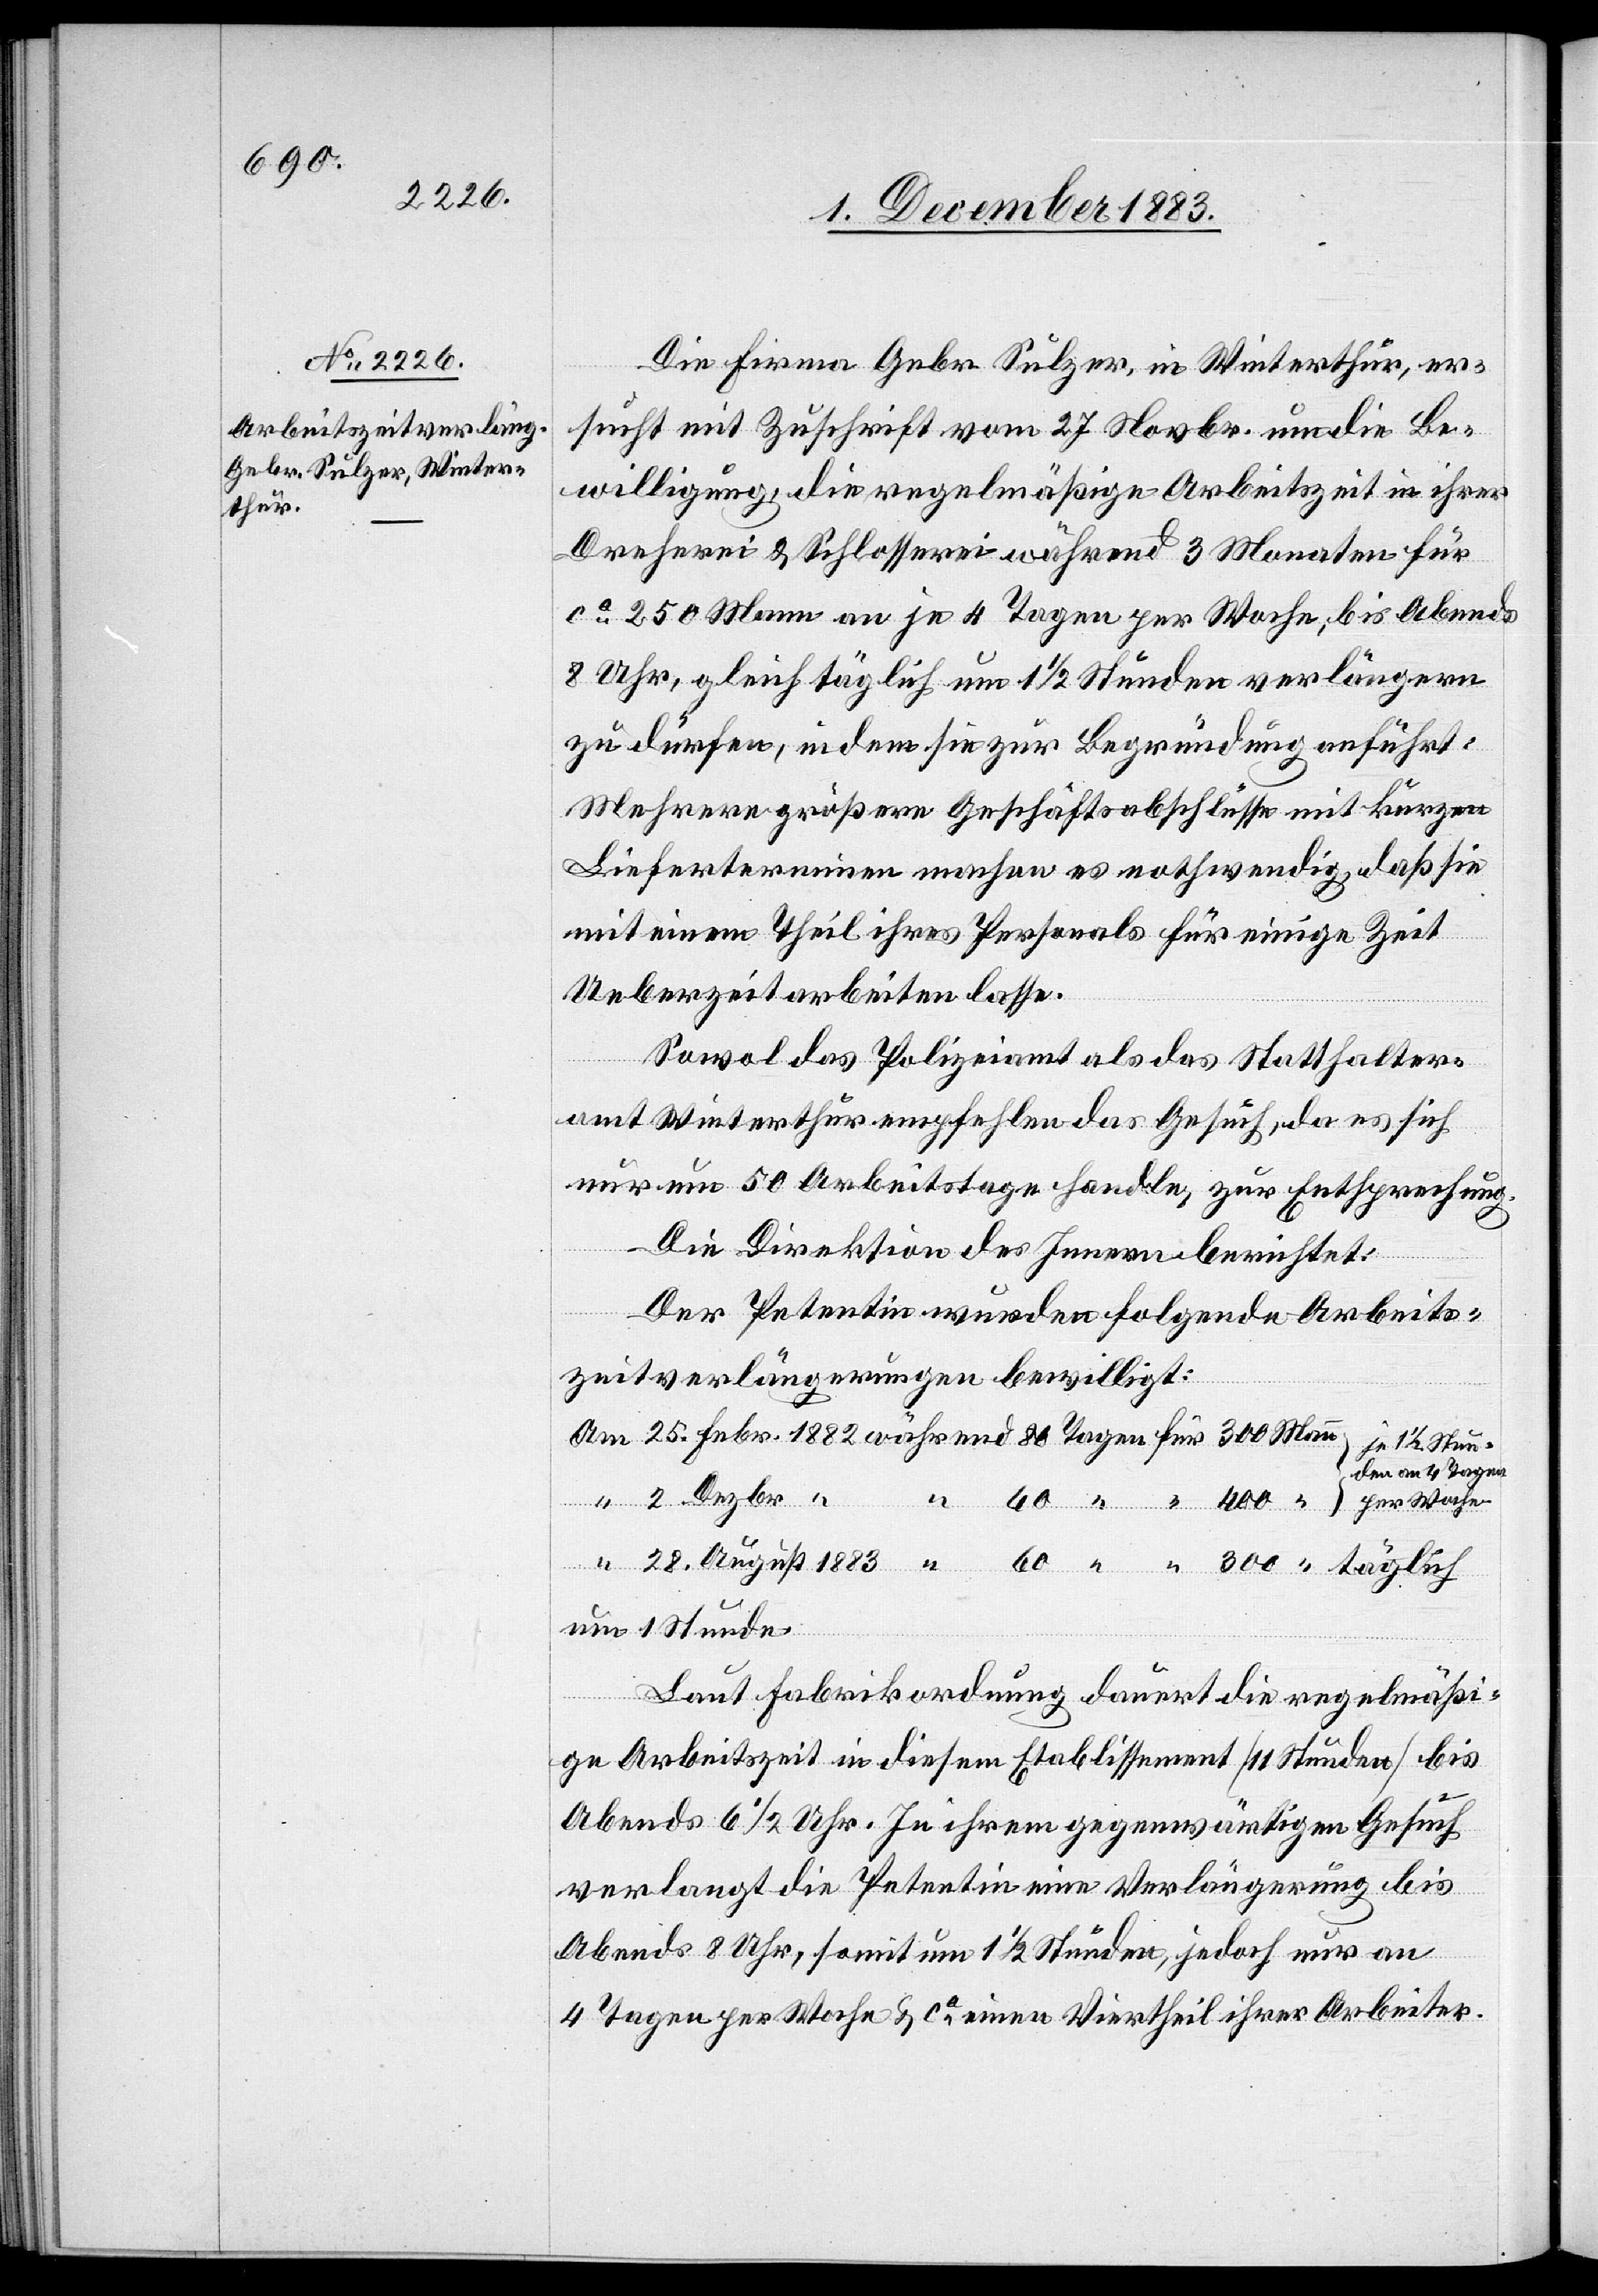
4. December 1883.]
Die Firma Gebr. Sulzer, in Winterthur, er¬
sucht mit Zuschrift vom 27. Novbr. um die Be¬
willigung, die regelmäßige Arbeitszeit in ihrer
Dreherei & Schlosserei während 3 Monaten für
ca 250 Mann an je 4 Tagen per Woche bis Abends
8 Uhr, gleich täglich um 1 1/2 Stunden verlängern
zu dürfen, in dem sie zur Begründung anführt:
Mehrere größere Geschäftsabschlüsse mit kurzen
Lieferterminen machen es nothwendig daß sie
mit einem Theil ihres Personals für einige Zeit
Ueberzeit arbeiten lasse.
Sowol das Polizeiamt als das Statthalter¬
amt Winterthur empfehlen das Gesuch, da es sich
nur um 50 Arbeitstage handle, zur Entsprechung.
Die Direktion des Innern berichtet:
Der Petentin wurden folgende Arbeits¬
zeitverlängerungen bewilligt:
je 1 1/2 Stunden
um 1 Stunde.
Laut Fabrikordnung dauert die regelmäßi¬
ge Arbeitszeit in diesem Etablissement [11 Stunden] bis
Abends 6 1/2 Uhr. In ihrem gegenwärtigen Gesuch
verlangt die Petentin eine Verlängerung bis
Dezbr.
Abends 8 Uhr, somit um 1 1/2 Stunden, jedoch nur an
4 Tagen per Woche & ca einen Viertheil ihrer Arbeiter.